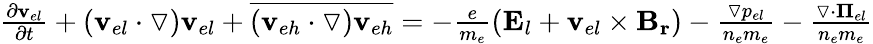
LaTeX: \begin{array}{r}{\frac{\partial\mathbf{v}_{el}}{\partial t}+(\mathbf{v}_{el}\cdot\triangledown)\mathbf{v}_{el}+\overline{{(\mathbf{v}_{eh}\cdot\triangledown)\mathbf{v}_{eh}}}=-\frac{e}{m_{e}}(\mathbf{E}_{l}+\mathbf{v}_{el}\times\mathbf{B_{r}})-\frac{\triangledown p_{el}}{n_{e}m_{e}}-\frac{\triangledown\cdot{\mathbf\Pi}_{el}}{n_{e}m_{e}}}\end{array}